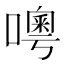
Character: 𠿋